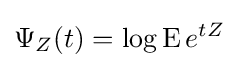
\Psi _{Z}(t)=\log \operatorname {E} e^{tZ}